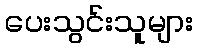
ပေးသွင်းသူများ